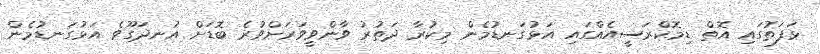
ޅަފަތުގައި އޮތް ޑިމޮކްރަސީއެއްގައި އަޅުގަނޑުމެން މިކުރާ ދަތުރު ވާންވީވަރަށްވުރެ ބޮޑަށް އުނދަގޫވެ އަޅުގަނޑުމެން